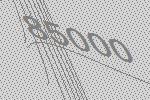
85000